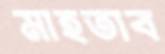
মাহতাব